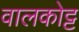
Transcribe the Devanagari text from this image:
वालकोट्ट